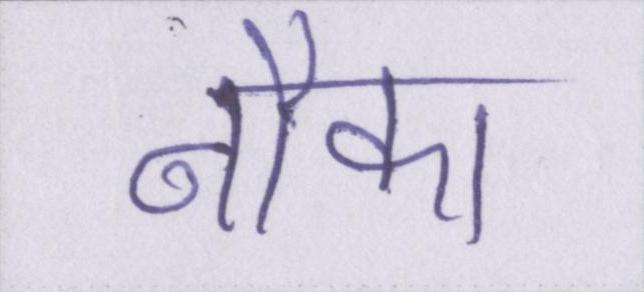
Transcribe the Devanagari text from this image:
नौका